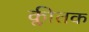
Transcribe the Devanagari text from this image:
क्लीतक